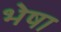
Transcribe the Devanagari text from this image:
भेषा